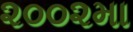
૨૦૦૨મા